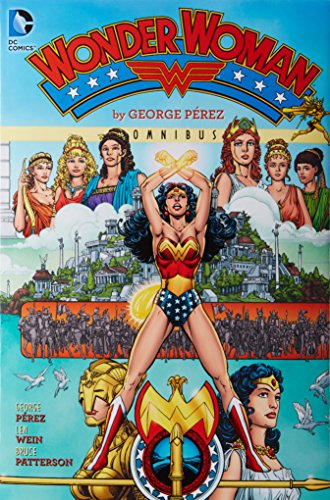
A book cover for Wonder Woman by George Perez Omnibus; George Perez; Comics & Graphic Novels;